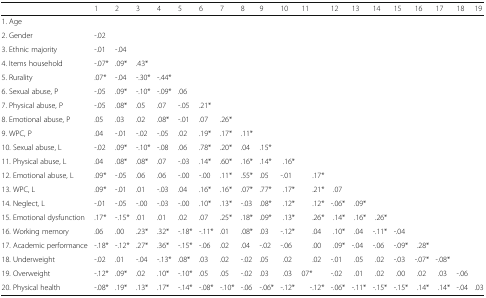
<table><thead><tr><td></td><td><b>1</b></td><td><b>2</b></td><td><b>3</b></td><td><b>4</b></td><td><b>5</b></td><td><b>6</b></td><td><b>7</b></td><td><b>8</b></td><td><b>9</b></td><td><b>10</b></td><td><b>11</b></td><td><b>12</b></td><td><b>13</b></td><td><b>14</b></td><td><b>15</b></td><td><b>16</b></td><td><b>17</b></td><td><b>18</b></td><td><b>19</b></td></tr></thead><tbody><tr><td>1. Age</td><td></td><td></td><td></td><td></td><td></td><td></td><td></td><td></td><td></td><td></td><td></td><td></td><td></td><td></td><td></td><td></td><td></td><td></td><td></td></tr><tr><td>2. Gender</td><td>-.02</td><td></td><td></td><td></td><td></td><td></td><td></td><td></td><td></td><td></td><td></td><td></td><td></td><td></td><td></td><td></td><td></td><td></td><td></td></tr><tr><td>3. Ethnic majority</td><td>-.01</td><td>-.04</td><td></td><td></td><td></td><td></td><td></td><td></td><td></td><td></td><td></td><td></td><td></td><td></td><td></td><td></td><td></td><td></td><td></td></tr><tr><td>4. Items household</td><td>-.07*</td><td>.09*</td><td>.43*</td><td></td><td></td><td></td><td></td><td></td><td></td><td></td><td></td><td></td><td></td><td></td><td></td><td></td><td></td><td></td><td></td></tr><tr><td>5. Rurality</td><td>.07*</td><td>-.04</td><td>-.30*</td><td>-.44*</td><td></td><td></td><td></td><td></td><td></td><td></td><td></td><td></td><td></td><td></td><td></td><td></td><td></td><td></td><td></td></tr><tr><td>6. Sexual abuse, P</td><td>-.05</td><td>.09*</td><td>-.10*</td><td>-.09*</td><td>.06</td><td></td><td></td><td></td><td></td><td></td><td></td><td></td><td></td><td></td><td></td><td></td><td></td><td></td><td></td></tr><tr><td>7. Physical abuse, P</td><td>-.05</td><td>.08*</td><td>.05</td><td>.07</td><td>-.05</td><td>.21*</td><td></td><td></td><td></td><td></td><td></td><td></td><td></td><td></td><td></td><td></td><td></td><td></td><td></td></tr><tr><td>8. Emotional abuse, P</td><td>.05</td><td>.03</td><td>.02</td><td>.08*</td><td>-.01</td><td>.07</td><td>.26*</td><td></td><td></td><td></td><td></td><td></td><td></td><td></td><td></td><td></td><td></td><td></td><td></td></tr><tr><td>9. WPC, P</td><td>.04</td><td>-.01</td><td>-.02</td><td>-.05</td><td>.02</td><td>.19*</td><td>.17*</td><td>.11*</td><td></td><td></td><td></td><td></td><td></td><td></td><td></td><td></td><td></td><td></td><td></td></tr><tr><td>10. Sexual abuse, L</td><td>-.02</td><td>.09*</td><td>-.10*</td><td>-.08</td><td>.06</td><td>.78*</td><td>.20*</td><td>.04</td><td>.15*</td><td></td><td></td><td></td><td></td><td></td><td></td><td></td><td></td><td></td><td></td></tr><tr><td>11. Physical abuse, L</td><td>.04</td><td>.08*</td><td>.08*</td><td>.07</td><td>-.03</td><td>.14*</td><td>.60*</td><td>.16*</td><td>.14*</td><td>.16*</td><td></td><td></td><td></td><td></td><td></td><td></td><td></td><td></td><td></td></tr><tr><td>12. Emotional abuse, L</td><td>.09*</td><td>-.05</td><td>.06</td><td>.06</td><td>-.00</td><td>-.00</td><td>.11*</td><td>.55*</td><td>.05</td><td>-.01</td><td>.17*</td><td></td><td></td><td></td><td></td><td></td><td></td><td></td><td></td></tr><tr><td>13. WPC, L</td><td>.09*</td><td>-.01</td><td>.01</td><td>-.03</td><td>.04</td><td>.16*</td><td>.16*</td><td>.07*</td><td>.77*</td><td>.17*</td><td>.21*</td><td>.07</td><td></td><td></td><td></td><td></td><td></td><td></td><td></td></tr><tr><td>14. Neglect, L</td><td>-.01</td><td>-.05</td><td>-.00</td><td>-.03</td><td>-.00</td><td>.10*</td><td>.13*</td><td>-.03</td><td>.08*</td><td>.12*</td><td>.12*</td><td>-.06*</td><td>.09*</td><td></td><td></td><td></td><td></td><td></td><td></td></tr><tr><td>15. Emotional dysfunction</td><td>.17*</td><td>-.15*</td><td>.01</td><td>.01</td><td>.02</td><td>.07</td><td>.25*</td><td>.18*</td><td>.09*</td><td>.13*</td><td>.26*</td><td>.14*</td><td>.16*</td><td>.26*</td><td></td><td></td><td></td><td></td><td></td></tr><tr><td>16. Working memory</td><td>.06</td><td>.00</td><td>.23*</td><td>.32*</td><td>-.18*</td><td>-.11*</td><td>.01</td><td>.08*</td><td>.03</td><td>-.12*</td><td>.04</td><td>.10*</td><td>.04</td><td>-.11*</td><td>-.04</td><td></td><td></td><td></td><td></td></tr><tr><td>17. Academic performance</td><td>-.18*</td><td>-.12*</td><td>.27*</td><td>.36*</td><td>-.15*</td><td>-.06</td><td>.02</td><td>.04</td><td>-.02</td><td>-.06</td><td>.00</td><td>.09*</td><td>-.04</td><td>-.06</td><td>-.09*</td><td>.28*</td><td></td><td></td><td></td></tr><tr><td>18. Underweight</td><td>-.02</td><td>.01</td><td>-.04</td><td>-.13*</td><td>.08*</td><td>.03</td><td>.02</td><td>-.02</td><td>.05</td><td>.02</td><td>.02</td><td>-.01</td><td>.05</td><td>.02</td><td>-.03</td><td>-.07*</td><td>-.08*</td><td></td><td></td></tr><tr><td>19. Overweight</td><td>-.12*</td><td>.09*</td><td>.02</td><td>.10*</td><td>-.10*</td><td>.05</td><td>.05</td><td>-.02</td><td>.03</td><td>.03</td><td>07*</td><td>-.02</td><td>.01</td><td>.02</td><td>.00</td><td>.02</td><td>.03</td><td>-.06</td><td></td></tr><tr><td>20. Physical health</td><td>-.08*</td><td>.19*</td><td>.13*</td><td>.17*</td><td>-.14*</td><td>-.08*</td><td>-.10*</td><td>-.06</td><td>-.06*</td><td>-.12*</td><td>-.12*</td><td>-.06*</td><td>-.11*</td><td>-.15*</td><td>-.15*</td><td>.14*</td><td>.14*</td><td>-.04</td><td>.03</td></tr></tbody></table>